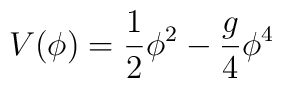
V(\phi) = \frac{1}{2} \phi^{2} - \frac{g}{4}\phi^{4}